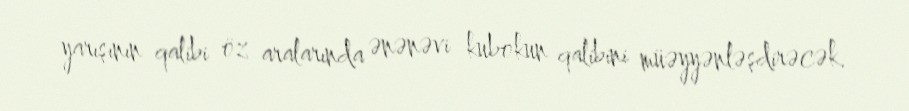
yarışının qalibi öz aralarında ənənəvi kubokun qalibini müəyyənləşdirəcək.